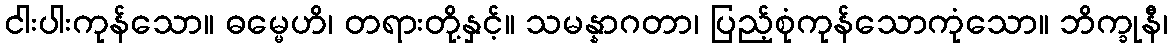
ငါးပါးကုန်သော။ ဓမ္မေဟိ၊ တရားတို့နှင့်။ သမန္နာဂတာ၊ ပြည့်စုံကုန်သောကုံသော။ ဘိက္ခုနီ၊